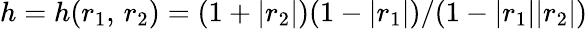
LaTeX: h=h(r_{1},\, r_{2})=(1+|r_{2}|)(1-|r_{1}|)/(1-|r_{1}||r_{2}|)